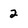
Character: 2